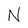
Character: N